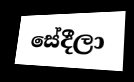
සේදීලා